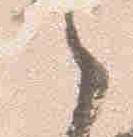
之